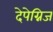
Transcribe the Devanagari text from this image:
देपेग्निज